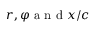
r , \varphi \mathrm { ~ a ~ n ~ d ~ } x / c